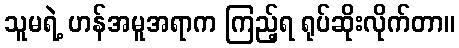
သူမရဲ့ ဟန်အမူအရာက ကြည့်ရ ရုပ်ဆိုးလိုက်တာ။